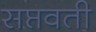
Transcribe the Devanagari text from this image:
सप्तवती